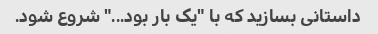
داستانی بسازید که با "یک بار بود..." شروع شود.